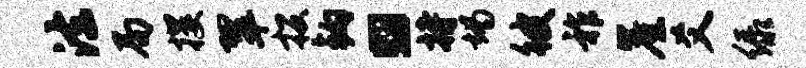
法局攫翠投钩。持竭彼祚崖爻绿